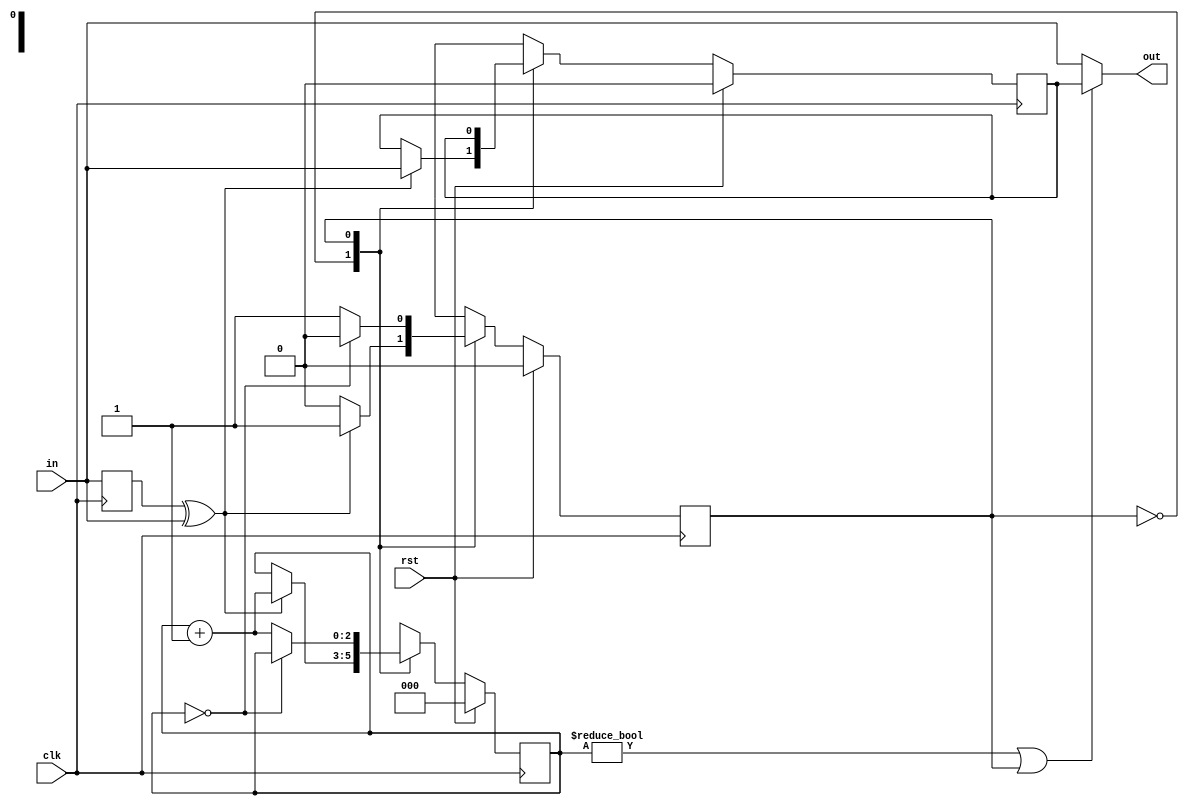
module debounce(in,clk,out,rst);
input in,clk,rst;
output reg out;

parameter CNTSIZE = 2;

reg infirstNext, in_r, infirst;
reg state, stateNext;
reg [CNTSIZE:0] cnt, cntNext;
wire triger;

always@(posedge clk) begin
	in_r <= #1 in;
	cnt <= #1 cntNext;
	state <= #1 stateNext;
	infirst <= #1 infirstNext;
end

always@(*)begin
	cntNext = cnt;
	stateNext = state;
	infirstNext = infirst;
	if(rst)begin
		stateNext = 0;
		cntNext = 0;
		infirstNext = 0;
	end else begin
		case(state)
			0: begin
					if(triger)begin
						stateNext = 1;
						infirstNext = in;
						cntNext = cnt + 1;
					end
				end
			1: begin
				if(cnt == 0)
					stateNext = 0;
				else
					cntNext = cnt + 1;
			end
		endcase
	end
end

always@(*)begin
	if(cnt!=0 || state == 1)
		out = infirst;
	else
		out = in;
end

assign triger = in_r^in;

endmodule